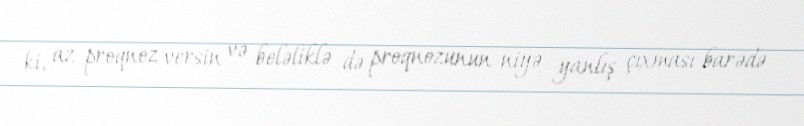
ki, az proqnoz versin və beləliklə də proqnozunun niyə yanlış çıxması barədə